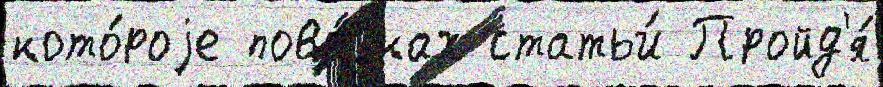
кото́роjе пово́зках статьи́ Пройд'я́